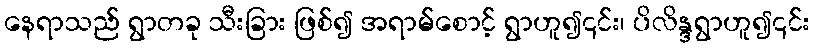
နေရာသည် ရွာတခု သီးခြား ဖြစ်၍ အရာမ်စောင့် ရွာဟူ၍၎င်း၊ ပိလိန္ဒရွာဟူ၍၎င်း